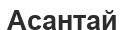
Асантай